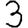
Digit: 3